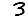
Digit: 3